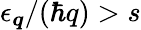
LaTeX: \epsilon_{\boldsymbol{q}}/(\hbar q)>s